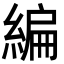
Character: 編